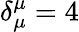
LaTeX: \delta_{\mu}^{\mu}=4